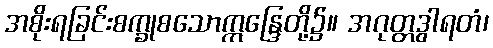
အစိုးရခြင်းစက္ခုစသောဣန္ဒြေတို့၌။ အဂုတ္တဒွါရတံ၊